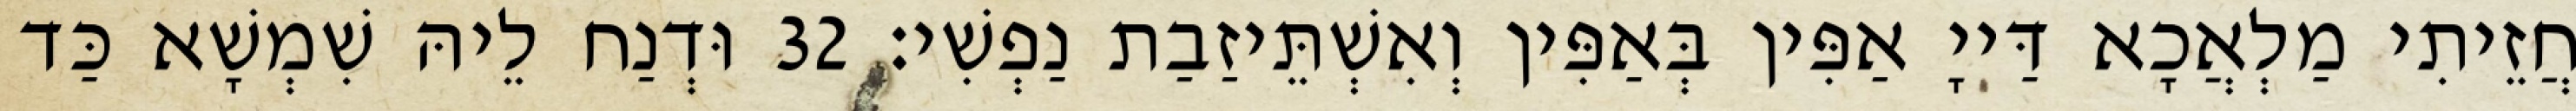
חֲזֵיתִי מַלְאֲכָא דַּייָ אַפִּין בְּאַפִּין וְאִשְׁתֵּיזַבַת נַפְשִׁי׃ 32 וּדְנַח לֵיהּ שִׁמְשָׁא כַּד